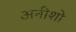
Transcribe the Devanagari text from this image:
अनीशो